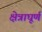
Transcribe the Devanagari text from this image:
क्षेत्राघूर्ण